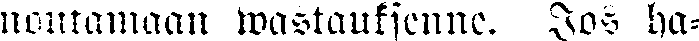
noutamaan wastauksenne. Jos ha-